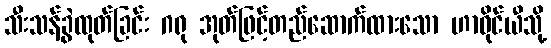
သီးသန့်ခွဲထုတ်ခြင်း ဂရု အုတ်ဖြင့်တည်ဆောက်ထားသော ဟာဝိုင်ယီသို့